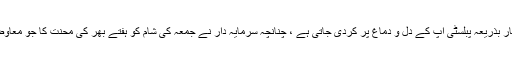
اس نے آپ کو کریڈٹ کارڈ دیا ہوتا ہے اور نت نئی مصنوعات کی یلغار بذریعہ پبلسٹی آپ کے دل و دماغ پر کردی جاتی ہے ، چنانچہ سرمایہ دار نے جمعہ کی شام کو ہفتے بھر کی محنت کا جو معاوضہ آپ کو دیا ہوتا ہے وہ اتوار کی شام تک آپ سے واپس ہتھیا لیتا ہے۔